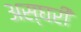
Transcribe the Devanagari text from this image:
अस्घरी